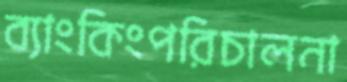
ব্যাংকিংপরিচালনা